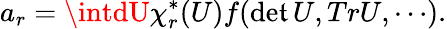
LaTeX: a_{r}=\intdU\chi_{r}^{*}(U)f(\operatorname*{d\mathrm{e}\mathfrak{t}}U,TrU,\cdots).